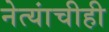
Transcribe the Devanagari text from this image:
नेत्यांचीही